Civil Veterinary Department. United Provinces 1912-22 - 1912-1922
Year: 1912
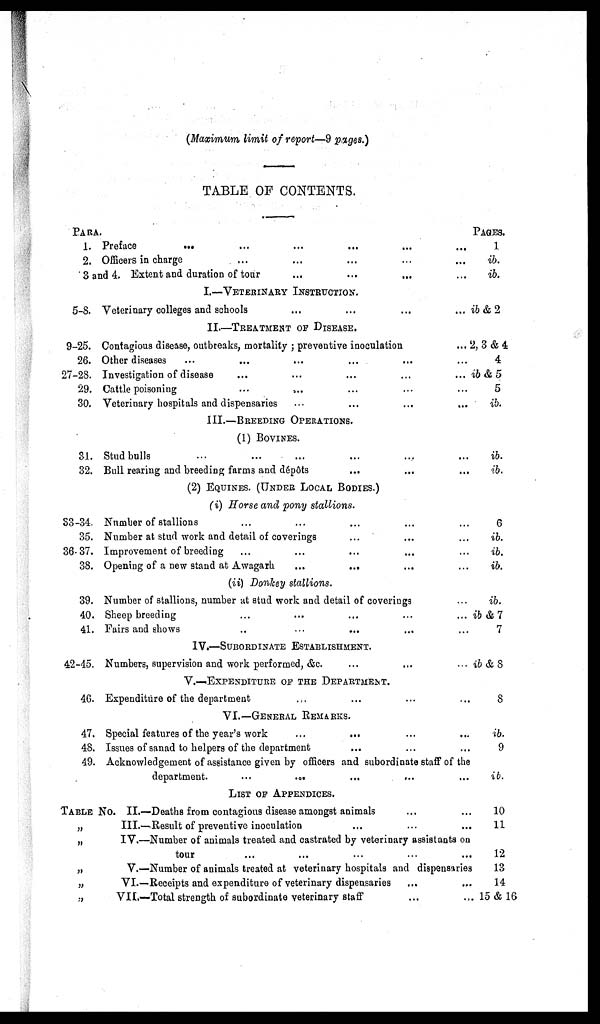
(Maximum limit of report—9 pages.)
TABLE OF CONTENTS.
PARA
1.
2.
3
5-8.
9-25.
26.
27-28.
29.
30.
31.
32.
33-34.
35.
36- 37.
38.
39.
40
41.
42-45
46
47
48
49
Preface ... ... ... ...
Officers in charge ... ... ... ... ...
and 4. Extent and duration of tour ... ... ... ...
I.—VETERINARY INSTRUCTION.
Veterinary colleges and schools ... ... ... ...
II.—TAREATMENT OF DISEASE.
Contagious disease, outbreaks, mortality; preventive inoculation
...
Other diseases ... ... ... ...
Investigation of disease ... ... ... ... ...
Cattle poisoning ... ... ... ...
Veterinary hospitals and dispensaries ... ... ... ...
III.—BREEDING OPERATIONS.
(1) BOVINES.
Stud bulls ... ... ... ... ...
Bull rearing and breeding farms and dépôts
... ... ...
(2) EQUINES. (UNDER LOCAL BODIES.)
(i) Horse and pony stallions.
Number of stallions ... ... ... ...
Number at stud work and detail of coverings ... ... ...
Improvement of breeding ... ... ... ...
Opening of a new stand at Awagarh
...
... ... ...
(ii) Donkey stallions.
Number of stallions, number at stud work and detail of coverings ...
Sheep breeding ... ... ... ...
Fairs and shows ... ... ... ...
IV.—SUBORDINATE ESTABLISHMENT.
Numbers, supervision and work performed, &c. ... ... ... ...
V.—EXPENDITURE OF THE DEPARTMENT.
Expenditure of the department ... ... ... ...
VI.—GENERAL REMARKS.
Special features of the year's work ... ... ...
Issues of sanad to helpers of the department ... ... ...
Acknowledgement of assistance given by officers and subordinate staff of the
department.
... ... ... ... ...
LIST OF APPENDICES.
TABLE No. II.—Deaths from contagious disease amongst animals ... ... ...
„
„
„
„
„
III.—Result of preventive inoculation ... ... ...
IV.—Number of animals treated and castrated by veterinary assistants on
tour ... ... ... ...
V.—Number of animals treated at veterinary hospitals and dispensaries
VI.—Receipts and expenditure of veterinary dispensaries ... ...
VII.—Total strength of subordinate veterinary staff ... ...
PAGES.
1
ib.
ib.
ib & 2
2, 3 & 4
4
ib & 5
5
ib.
ib.
ib.
6
ib.
ib.
ib.
ib.
ib & 7
7
ib & 8
8
ib.
9
ib.
10
11
12
13
14
15 & 16